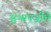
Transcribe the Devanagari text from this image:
सुभानजीचे